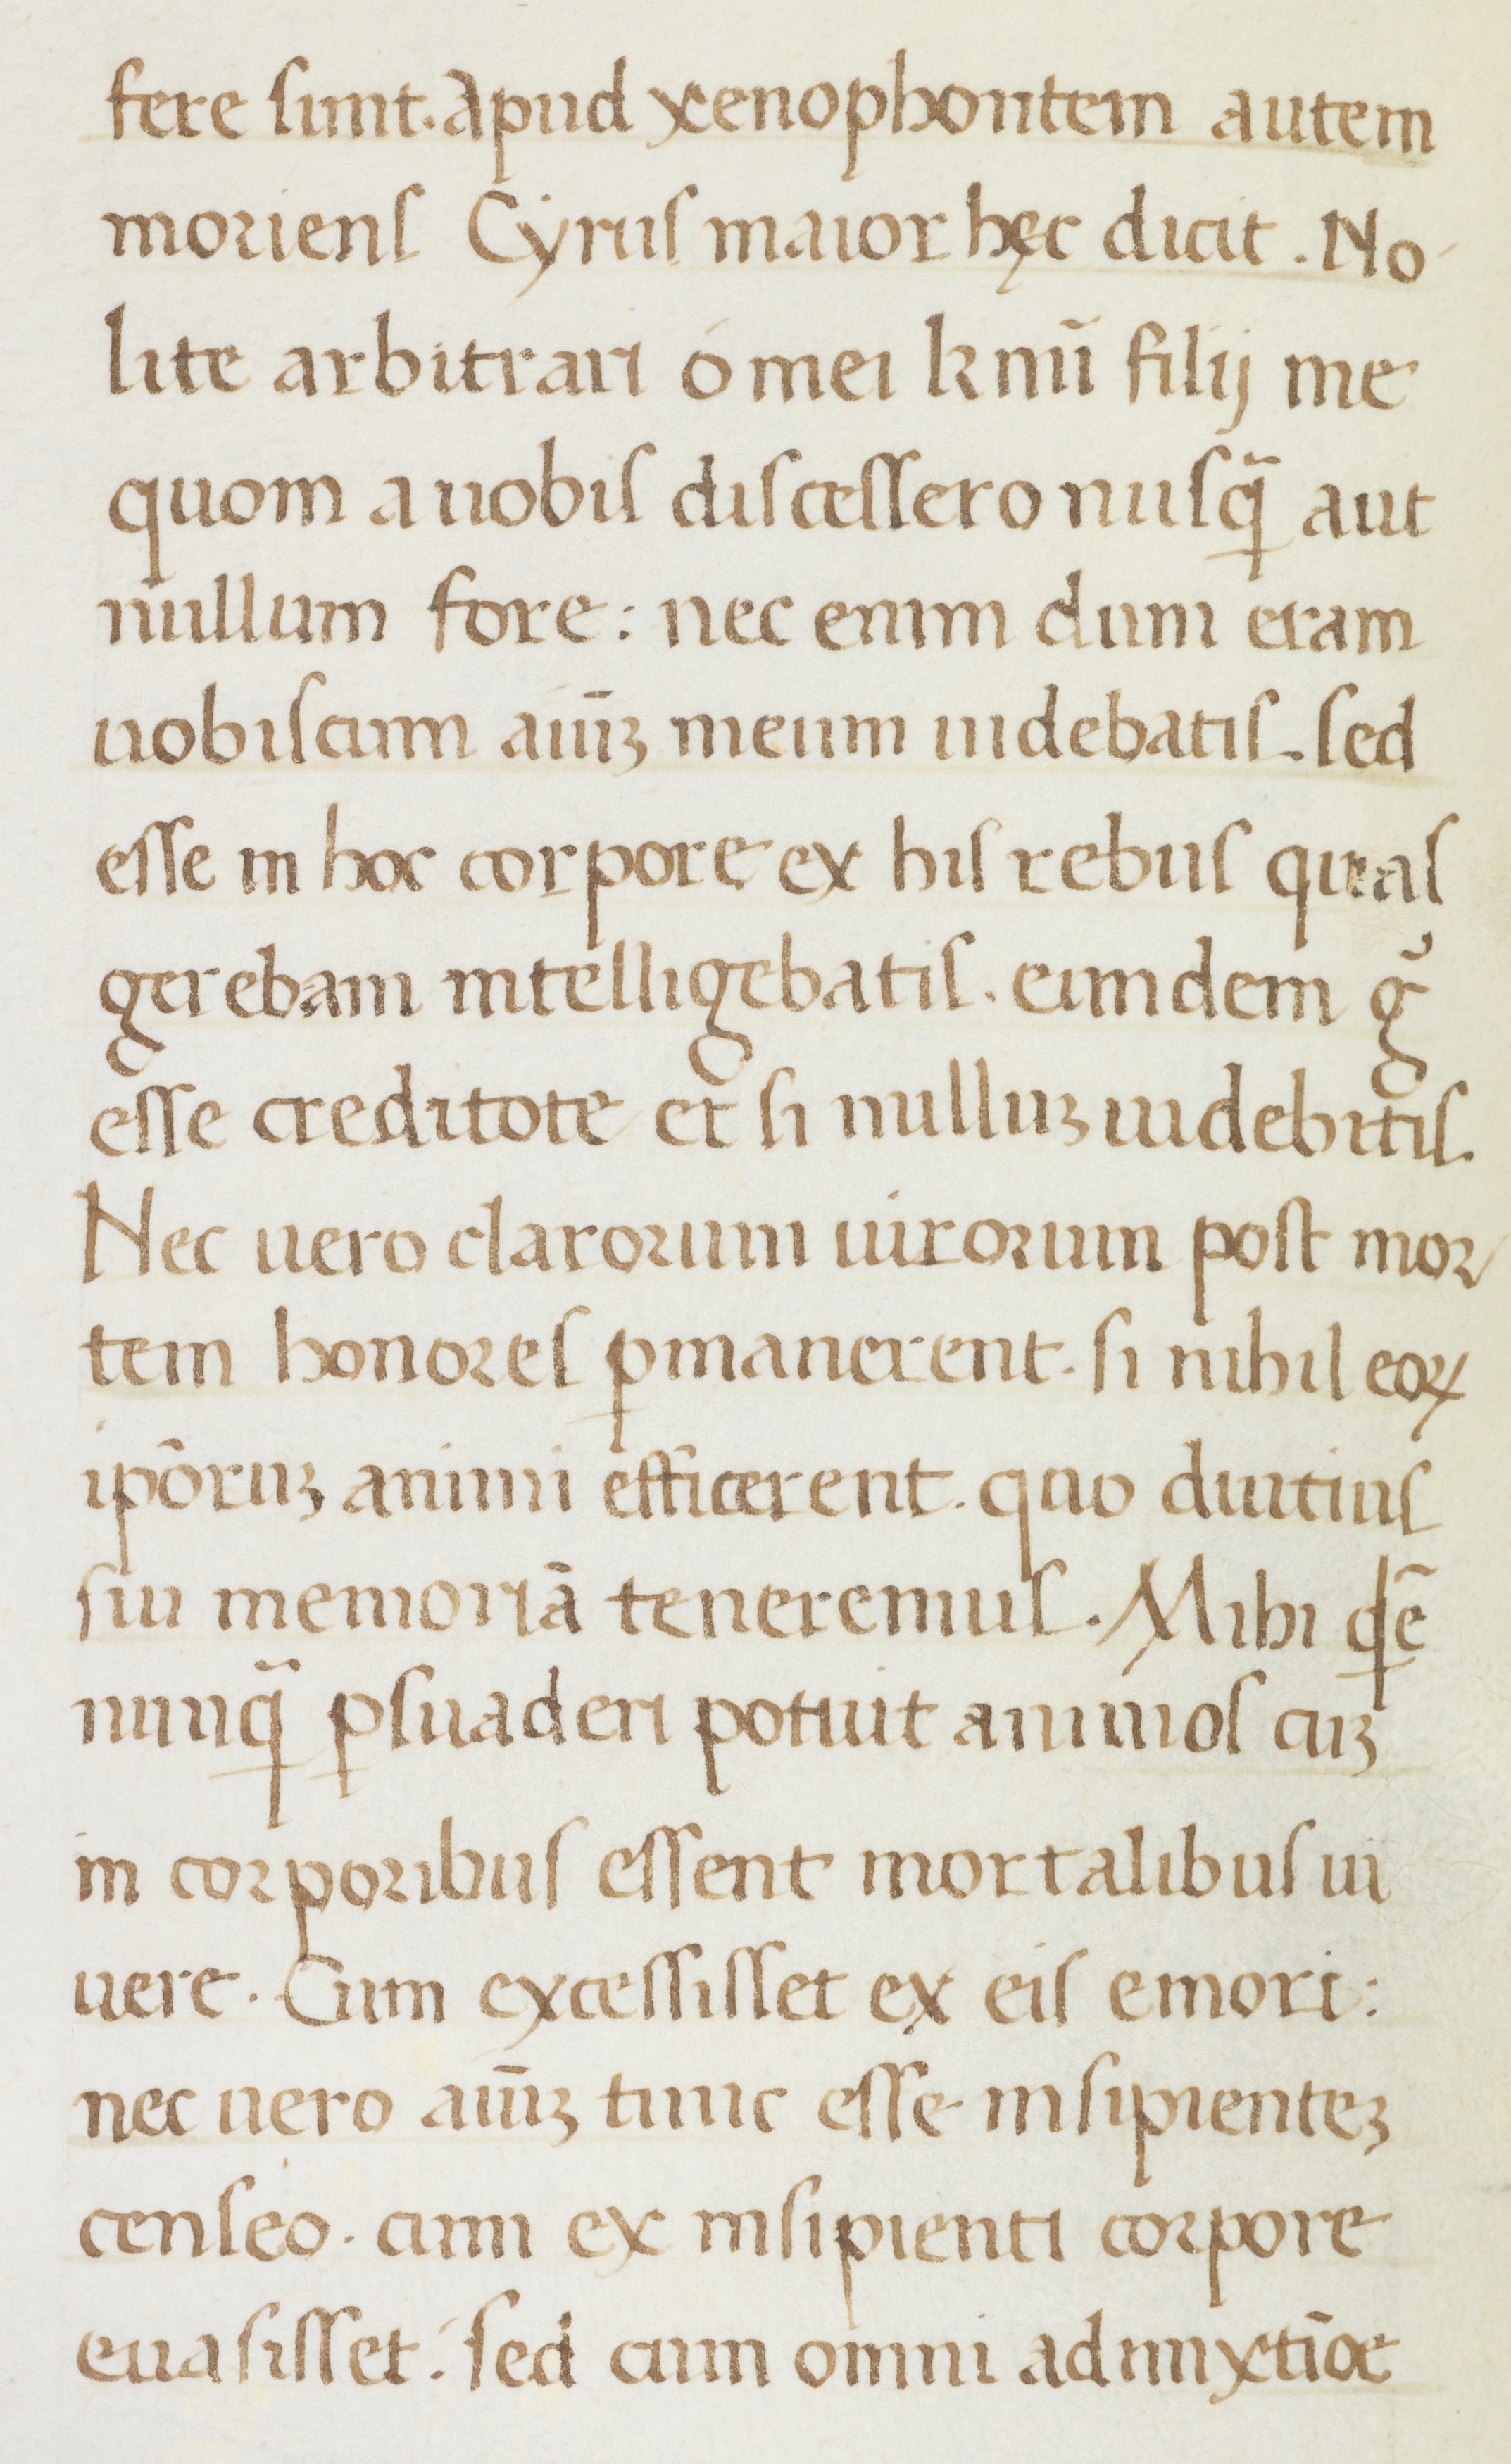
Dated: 1400–1499